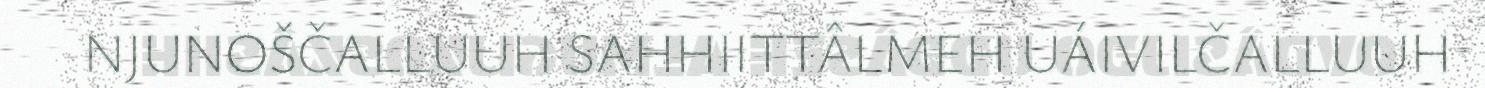
NJUNOŠČALLUUH SAHHIITTÂLMEH UÁIVILČALLUUH